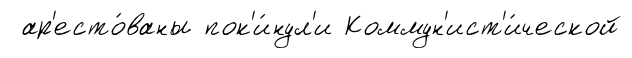
ар'есто́ваны пок'и́нул'и Коммун'ист'и́ческой